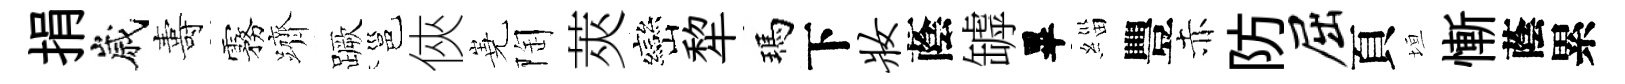
捐嵗夀霧躋蹶邕俠嶤陶莢巒犂瑪下妆蔭罅畢緇豐赤防屈頁垣慚蔭累